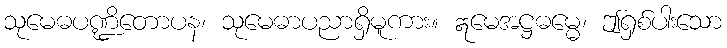
သုမေဓပဏ္ဍိတောပန၊ သုမေဓာပညာရှိမူကား။ ဣမေအဋ္ဌဓမ္မေ၊ ဤရှစ်ပါးသော